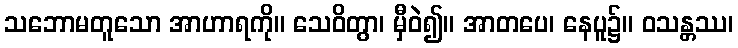
သဘောမတူသော အာဟာရကို။ သေဝိတွာ၊ မှီဝဲ၍။ အာတပေ၊ နေပူ၌။ ဝသန္တဿ၊